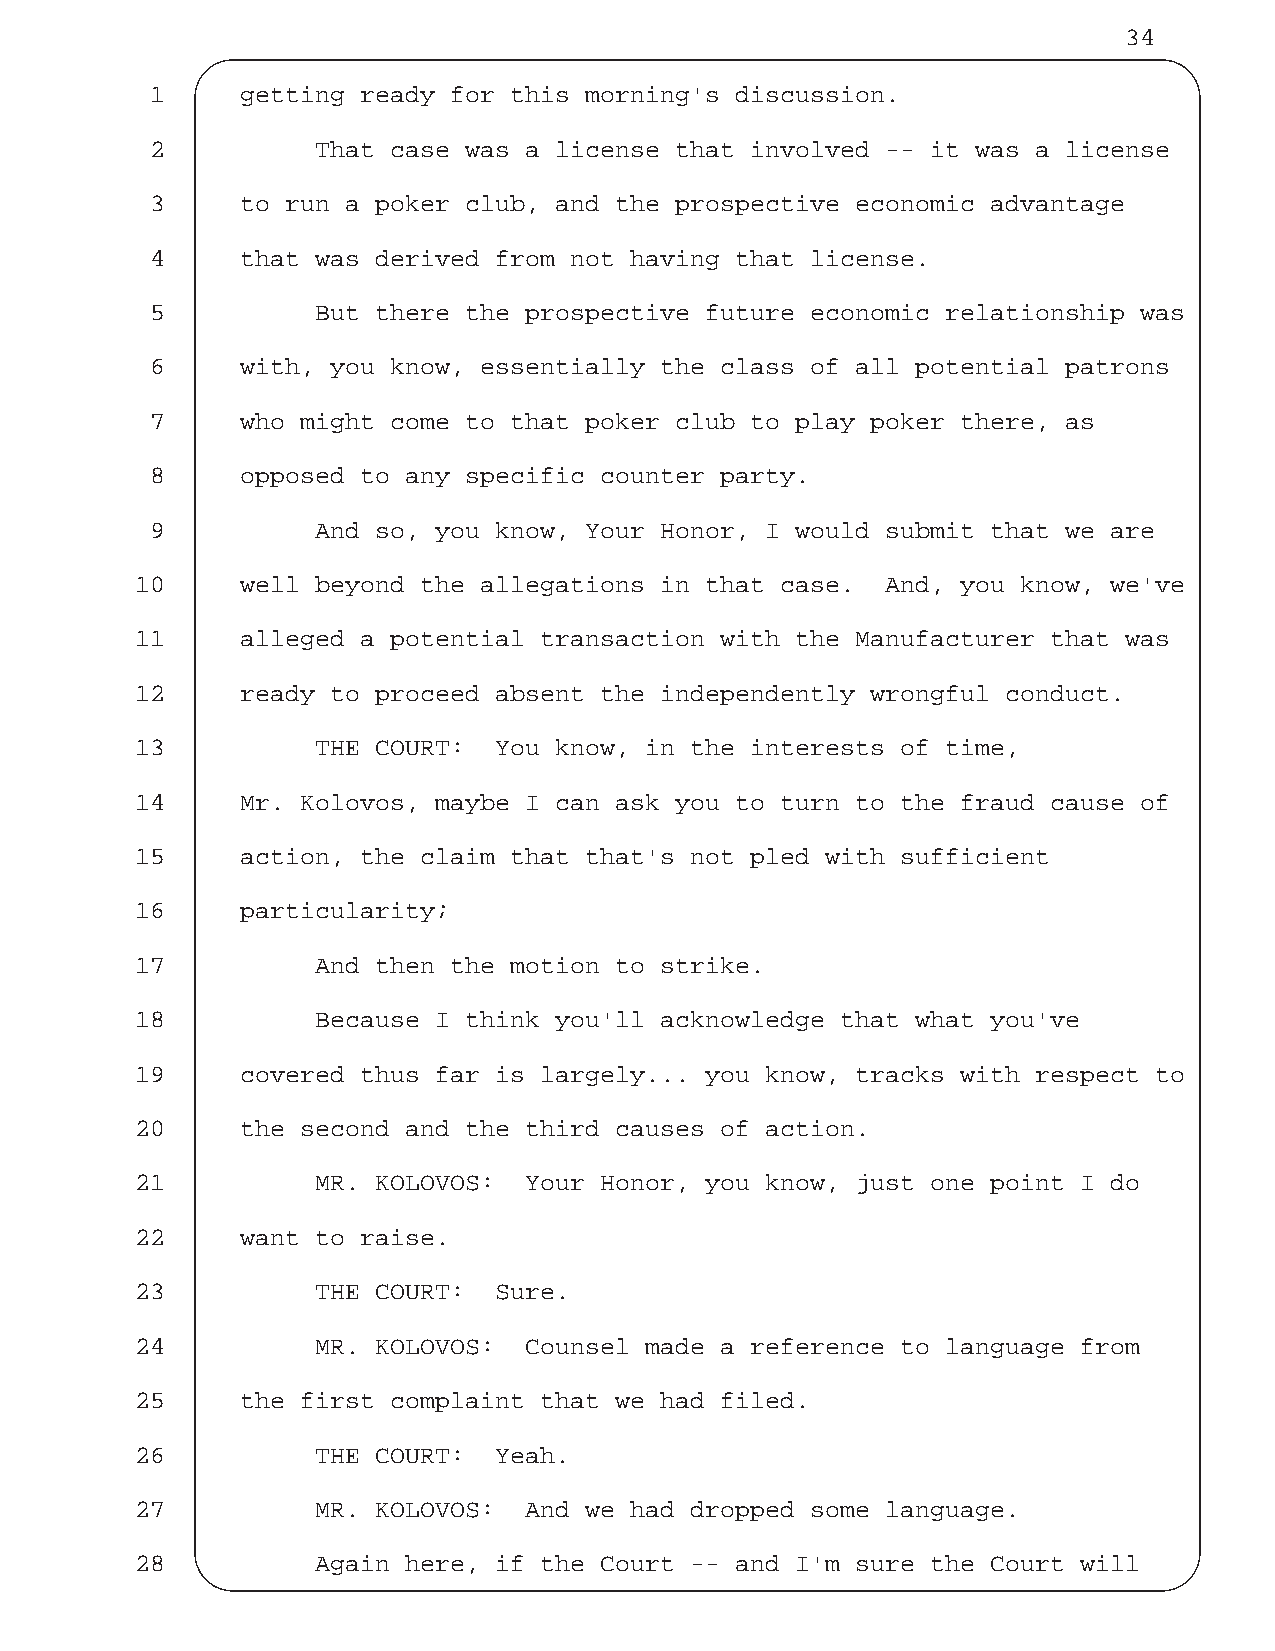
34
 1     getting ready for this morning's discussion.
 2          That case was a license that involved -- it was a license
 3     to run a poker club, and the prospective economic advantage
 4     that was derived from not having that license.
 5          But there the prospective future economic relationship was
 6     with, you know, essentially the class of all potential patrons
 7     who might come to that poker club to play poker there, as
 8     opposed to any specific counter party.
 9          And so, you know, Your Honor, I would submit that we are
 10     well beyond the allegations in that case.  And, you know, we've
 11     alleged a potential transaction with the Manufacturer that was
 12     ready to proceed absent the independently wrongful conduct.
 13          THE COURT:  You know, in the interests of time,
 14     Mr. Kolovos, maybe I can ask you to turn to the fraud cause of
 15     action, the claim that that's not pled with sufficient
 16     particularity;
 17          And then the motion to strike.
 18          Because I think you'll acknowledge that what you've
 19     covered thus far is largely... you know, tracks with respect to
 20     the second and the third causes of action.
 21          MR. KOLOVOS:  Your Honor, you know, just one point I do
 22     want to raise.
 23          THE COURT:  Sure.
 24          MR. KOLOVOS:  Counsel made a reference to language from
 25     the first complaint that we had filed.
 26          THE COURT:  Yeah.
 27          MR. KOLOVOS:  And we had dropped some language.
 28          Again here, if the Court -- and I'm sure the Court will